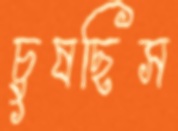
চুষছিস